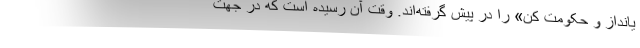
یانداز و حکومت کن» را در پیش گرفته‌اند. وقت آن رسیده است که در جهت